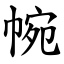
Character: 帵